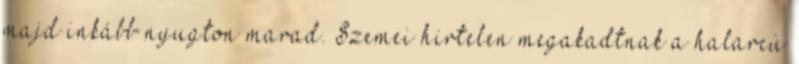
majd inkább nyugton marad. Szemei hirtelen megakadtnak a halarcú